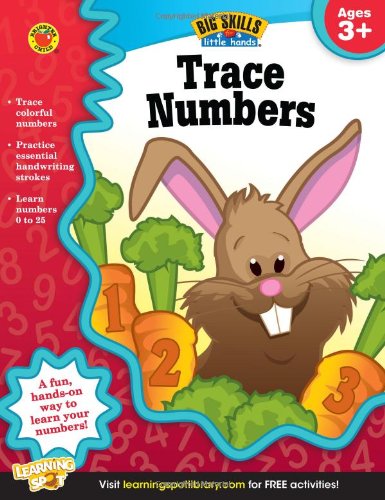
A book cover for Trace Numbers Workbook, Grades Preschool - K (Big Skills for Little HandsÂ®); Children's Books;